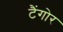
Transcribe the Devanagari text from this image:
टैंगोर